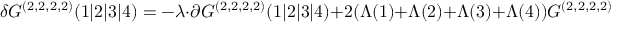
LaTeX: \delta G ^ { ( 2 , 2 , 2 , 2 ) } ( 1 \vert 2 \vert 3 \vert 4 ) = - \lambda \cdot \partial G ^ { ( 2 , 2 , 2 , 2 ) } ( 1 \vert 2 \vert 3 \vert 4 ) + 2 ( \Lambda ( 1 ) + \Lambda ( 2 ) + \Lambda ( 3 ) + \Lambda ( 4 ) ) G ^ { ( 2 , 2 , 2 , 2 ) } ( 1 \vert 2 \vert 3 \vert 4 ) \; .